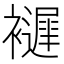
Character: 𧞘